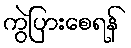
ကွဲပြားစေရန်